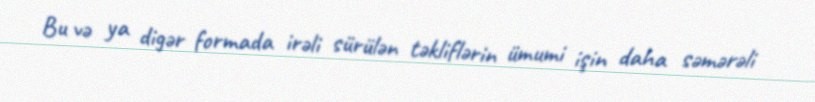
Bu və ya digər formada irəli sürülən təkliflərin ümumi işin daha səmərəli